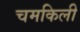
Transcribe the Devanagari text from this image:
चमकिली